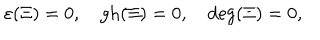
\varepsilon ( \Xi ) = 0 , \quad \mathrm { g h } ( \Xi ) = 0 , \quad \mathrm { d e g } ( \Xi ) = 0 ,